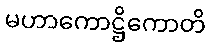
မဟာကောဋ္ဌိကောတိ